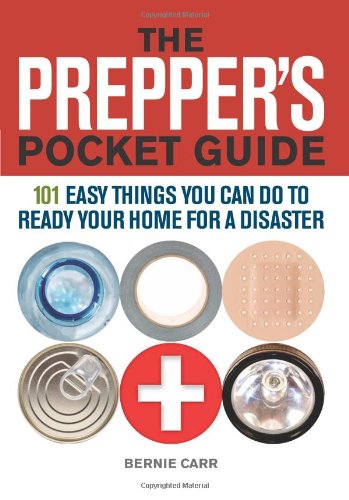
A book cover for The Prepper's Pocket Guide: 101 Easy Things You Can Do to Ready Your Home for a Disaster; Bernie Carr; Crafts, Hobbies & Home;